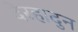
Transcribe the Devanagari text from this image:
देरहादुन